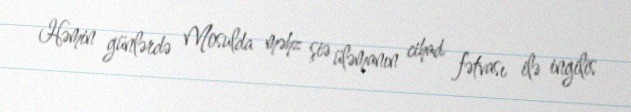
Həmin günlərdə Mosulda məhz şiə üləmanın cihad fətvası ilə ingilis